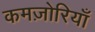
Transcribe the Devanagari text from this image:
कमज़ोरियाँ